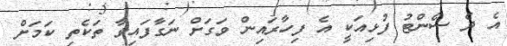
އެ ދެ ސެންޓު ފުޅިއަކީ އެ ފިހާރައިން ވަގަށް ނަގާފައިވާ ތަކެތި ކަމަށް